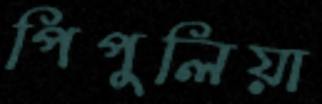
পিপুলিয়া